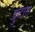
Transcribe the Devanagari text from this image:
फ्रुटास